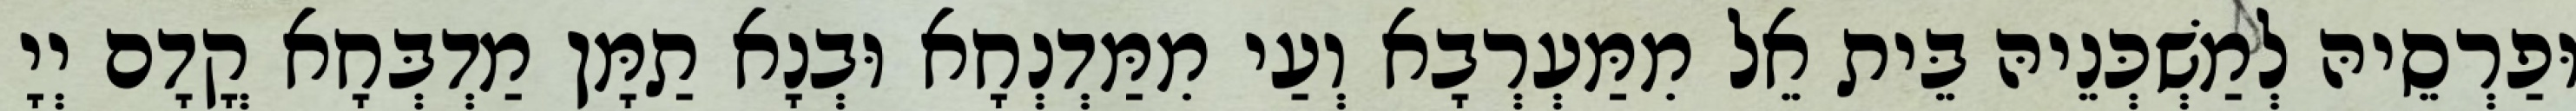
וּפַרְסֵיהּ לְמַשְׁכְּנֵיהּ בֵּית אֵל מִמַּעְרְבָא וְעַי מִמַּדְנְחָא וּבְנָא תַמָּן מַדְבְּחָא קֳדָם יְיָ